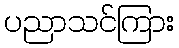
ပညာသင်ကြား